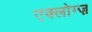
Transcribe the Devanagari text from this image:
एक्लोग्ज़